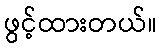
ဖွင့်ထားတယ်။